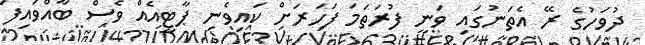
ދުވަހުގެ ރޭ އެތަނުގައި ވަނީ ފުރަތަމަ ފަހަރަށް ކައިވެނި ޕާޓީއެއް ވެސް ބާއްވައިފަ